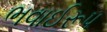
ભવાઈરૂપ